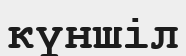
күншіл